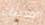
أمضيت